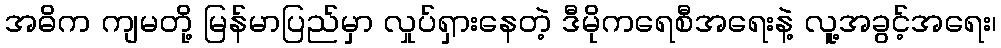
အဓိက ကျမတို့ မြန်မာပြည်မှာ လှုပ်ရှားနေတဲ့ ဒီမိုကရေစီအရေးနဲ့ လူ့အခွင့်အရေး၊